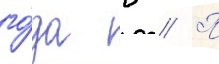
го́да в // П